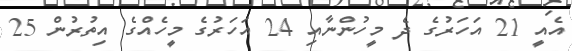
އެއީ 21 އަހަރުގެ ދެ މީހުންނާއި 24 އަހަރުގެ މީހެއްގެ އިތުރުން 25